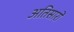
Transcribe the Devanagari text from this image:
अतिसारों